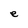
Character: e